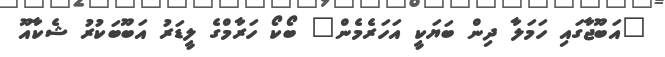
"އަބޫޖާގައި ހަމަލާ ދިން ބަޔަކީ އަހަރެމެން" ބޯކޯ ހަރާމްގެ ލީޑަރު އަބޫބަކުރު ޝެކާއޫ